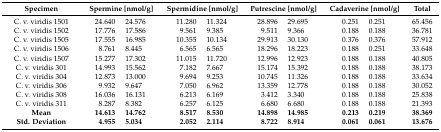
<table><thead><tr><td><b>Specimen</b></td><td colspan="2"><b>Spermine [nmol/g]</b></td><td colspan="2"><b>Spermidine [nmol/g]</b></td><td colspan="2"><b>Putrescine [nmol/g]</b></td><td colspan="2"><b>Cadaverine [nmol/g]</b></td><td><b>Total</b></td></tr></thead><tbody><tr><td>C. v. viridis 1501</td><td>24.640</td><td>24.576</td><td>11.280</td><td>11.324</td><td>28.896</td><td>29.695</td><td>0.251</td><td>0.251</td><td>65.456</td></tr><tr><td>C. v. viridis 1502</td><td>17.776</td><td>17.586</td><td>9.561</td><td>9.385</td><td>9.511</td><td>9.366</td><td>0.188</td><td>0.188</td><td>36.781</td></tr><tr><td>C. v. viridis 1505</td><td>17.555</td><td>16.985</td><td>10.355</td><td>10.134</td><td>29.913</td><td>30.130</td><td>0.376</td><td>0.376</td><td>57.912</td></tr><tr><td>C. v. viridis 1506</td><td>8.761</td><td>8.445</td><td>6.565</td><td>6.565</td><td>18.296</td><td>18.223</td><td>0.188</td><td>0.251</td><td>33.648</td></tr><tr><td>C. v. viridis 1507</td><td>15.277</td><td>17.302</td><td>11.015</td><td>11.720</td><td>12.996</td><td>12.923</td><td>0.188</td><td>0.188</td><td>40.805</td></tr><tr><td>C. v. viridis 301</td><td>14.993</td><td>15.562</td><td>7.182</td><td>7.667</td><td>15.174</td><td>15.392</td><td>0.188</td><td>0.188</td><td>38.173</td></tr><tr><td>C. v. viridis 304</td><td>12.873</td><td>13.000</td><td>9.694</td><td>9.253</td><td>10.745</td><td>11.326</td><td>0.188</td><td>0.188</td><td>33.634</td></tr><tr><td>C. v. viridis 306</td><td>9.932</td><td>9.647</td><td>7.050</td><td>6.962</td><td>13.359</td><td>12.778</td><td>0.188</td><td>0.188</td><td>30.052</td></tr><tr><td>C. v. viridis 308</td><td>16.036</td><td>16.131</td><td>6.213</td><td>6.169</td><td>3.412</td><td>3.340</td><td>0.188</td><td>0.188</td><td>25.838</td></tr><tr><td>C. v. viridis 311</td><td>8.287</td><td>8.382</td><td>6.257</td><td>6.125</td><td>6.680</td><td>6.680</td><td>0.188</td><td>0.188</td><td>21.393</td></tr><tr><td><b>Mean</b></td><td><b>14.613</b></td><td><b>14.762</b></td><td><b>8.517</b></td><td><b>8.530</b></td><td><b>14.898</b></td><td><b>14.985</b></td><td><b>0.213</b></td><td><b>0.219</b></td><td><b>38.369</b></td></tr><tr><td><b>Std. Deviation</b></td><td><b>4.955</b></td><td><b>5.034</b></td><td><b>2.052</b></td><td><b>2.114</b></td><td><b>8.722</b></td><td><b>8.914</b></td><td><b>0.061</b></td><td><b>0.061</b></td><td><b>13.676</b></td></tr></tbody></table>